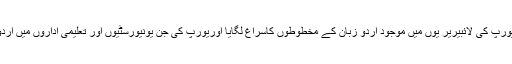
1968ء میں ان کی کتاب یورپ میں اردو شائع ہوئی جس میں انہوں نے یورپ کی لائبیریر یوں میں موجود اردو زبان کے مخطوطوں کاسراغ لگایا اوریورپ کی جن یونیورسٹیوں اور تعلیمی اداروں میں اردو زبان و ادب کی تدریس اور تحقیقی کام ہو رہا تھا ان کی تفصیل بیان کی۔